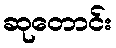
ဆုတောင်း